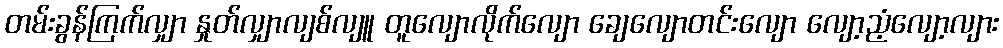
တမ်းခွန်ကြက်လျှာ နှုတ်လျှာလျစ်လျူ တူလျောလိုက်လျော ချေလျောတင်းလျော လျော့ညံ့လျော့လျား